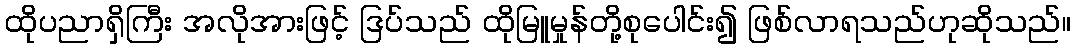
ထိုပညာရှိကြီး အလိုအားဖြင့် ဒြပ်သည် ထိုမြူမှုန်တို့စုပေါင်း၍ ဖြစ်လာရသည်ဟုဆိုသည်။